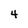
Character: 4